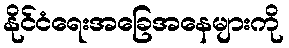
နိုင်ငံရေးအခြေအနေများကို